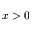
x > 0